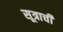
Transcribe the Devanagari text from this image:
सूत्राची